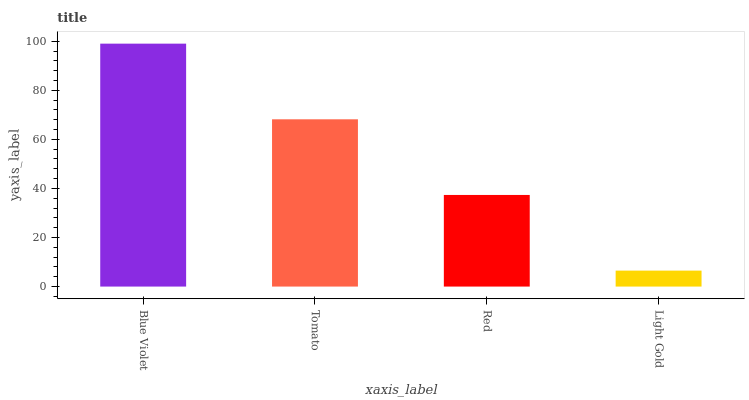
| xaxis_label | bars |
 | --- | --- |
 | Blue Violet | 99 |
 | Tomato | 68.2 |
 | Red | 37.3 |
 | Light Gold | 6.51 |